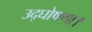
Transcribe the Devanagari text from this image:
उद्घोषणा।